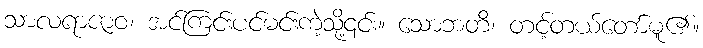
သာလရာဇာဝ၊ အင်ကြင်းပင်မင်းကဲ့သို့၎င်း။ သောဘတိ၊ တင့်တယ်တော်မူ၏။